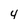
Character: 4